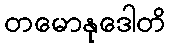
တမောနုဒေါတိ